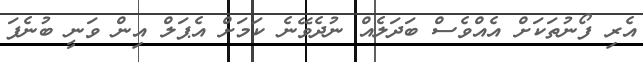
އެރި ފޯނުތަކަށް އެއްވެސް ބަދަލެއް ނުދެވޭނެ ކަމަށް އެޕަލް އިން ވަނީ ބުނެފަ